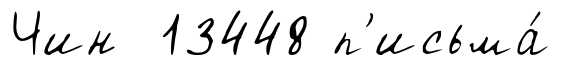
Чин 13448 п'исьма́